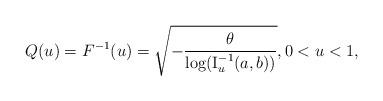
LaTeX: \begin{align*}Q(u) = F^{-1}(u)=\sqrt{-\frac{\theta}{\log (\operatorname{I}^{-1}_{u}(a,b))}},0<u<1,\end{align*}